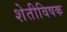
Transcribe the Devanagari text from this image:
शेतीविषक